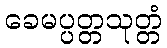
ခေမပ္ပတ္တသုတ္တံ